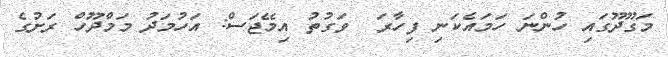
މަގޫދޫގައި ހުންނަ ހަމައެކަނި ފިހާރަ  ވަގުތު އިމޭޖަސް: އަހުމަދު މަމްދޫހް ރަށުގެ